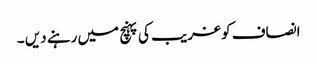
انصاف کو غریب کی پہنچ میں رہنے دیں ۔